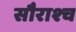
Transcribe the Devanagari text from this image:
सौराश्च